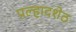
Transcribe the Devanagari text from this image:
प्रल्हादशेठ